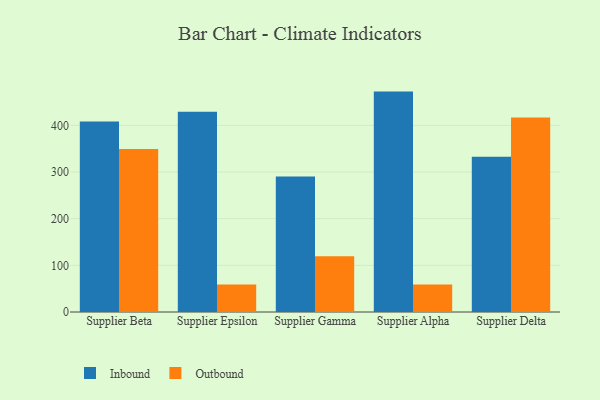
{"axis": {"x": "Supplier", "y": "Inventory Turnover"}, "legend": ["Inbound", "Outbound"], "data": [{"x": "Supplier Beta", "y": 408.3, "type": "Inbound"}, {"x": "Supplier Beta", "y": 349.1, "type": "Outbound"}, {"x": "Supplier Epsilon", "y": 429.3, "type": "Inbound"}, {"x": "Supplier Epsilon", "y": 59.0, "type": "Outbound"}, {"x": "Supplier Gamma", "y": 290.3, "type": "Inbound"}, {"x": "Supplier Gamma", "y": 119.6, "type": "Outbound"}, {"x": "Supplier Alpha", "y": 472.3, "type": "Inbound"}, {"x": "Supplier Alpha", "y": 59.1, "type": "Outbound"}, {"x": "Supplier Delta", "y": 332.7, "type": "Inbound"}, {"x": "Supplier Delta", "y": 416.9, "type": "Outbound"}]}